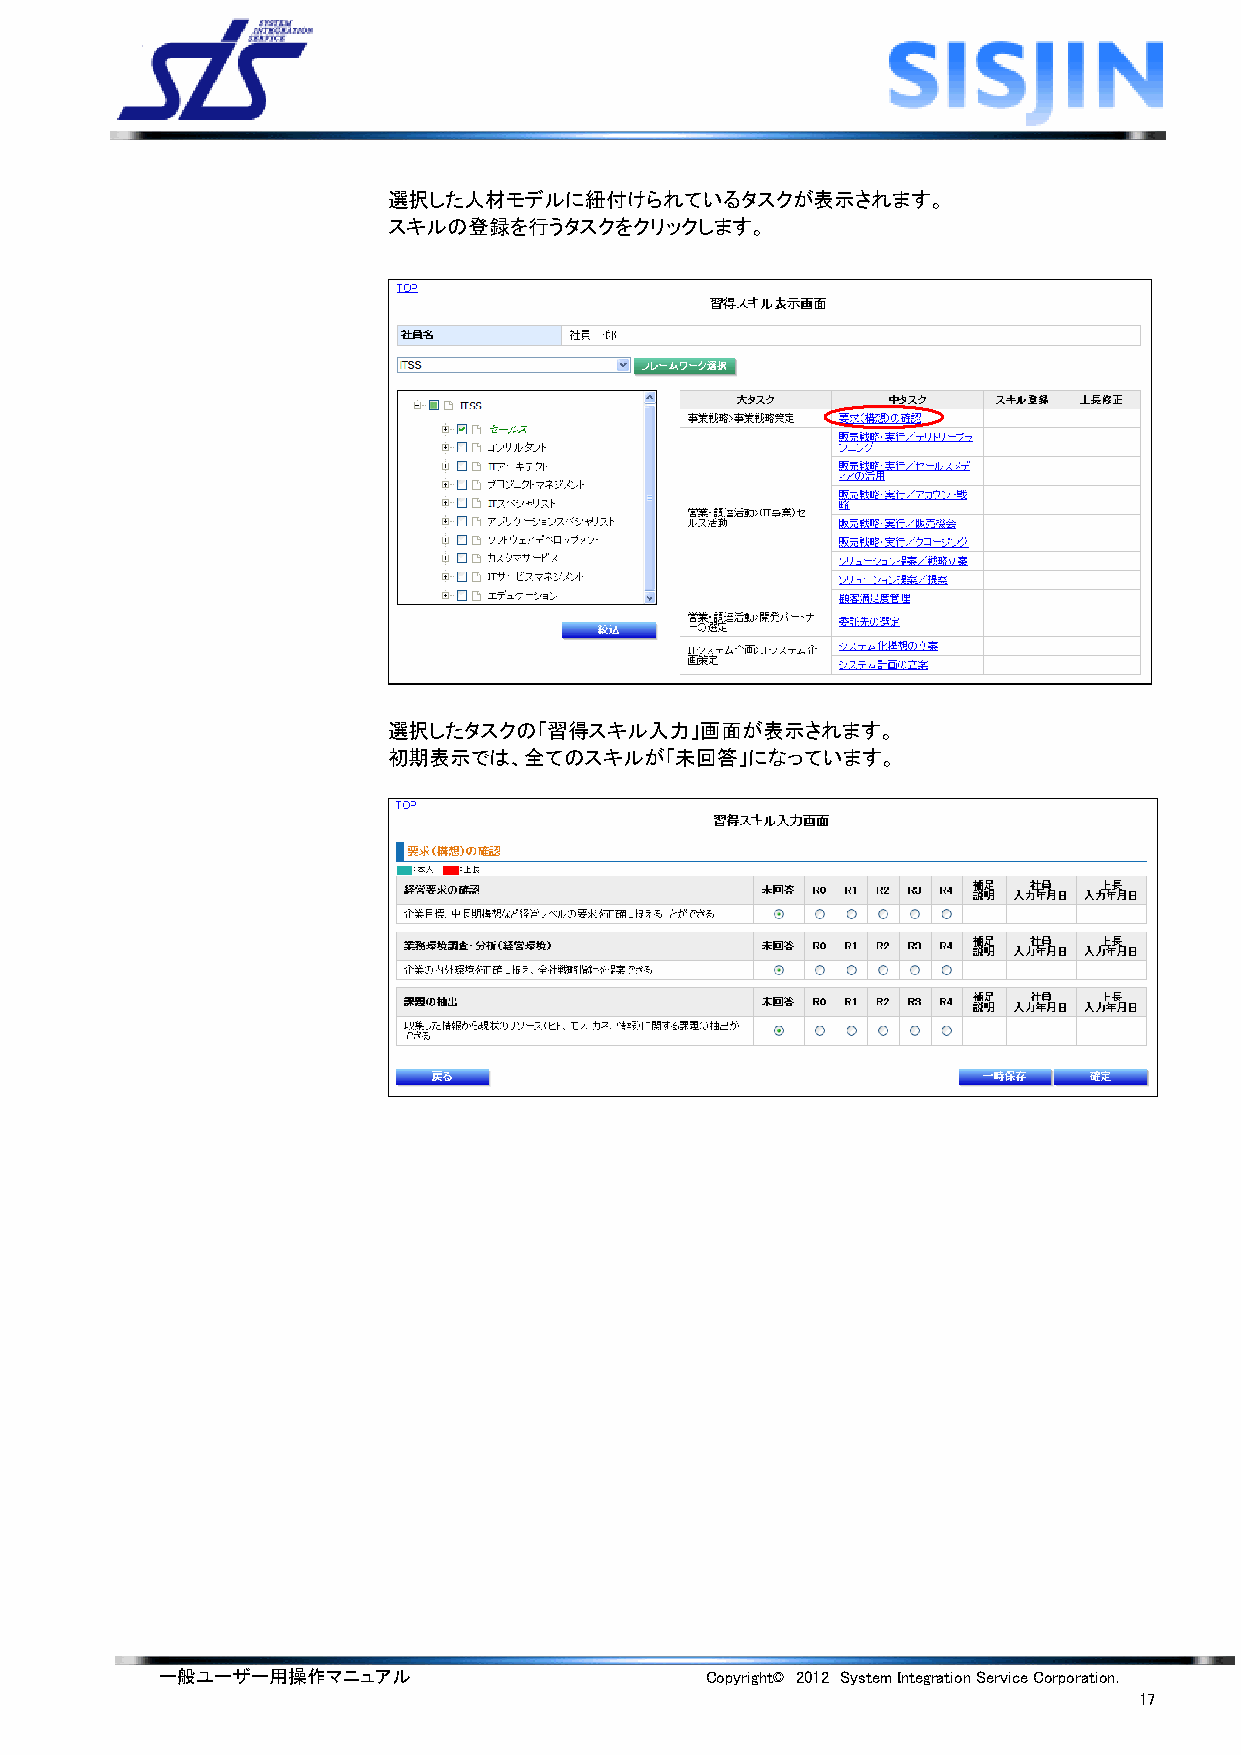
選択した人材モデルに紐付けられているタスクが表示されます。
 スキルの登録を行うタスクをクリックします。
 選択したタスクの「習得スキル入力」画面が表示されます。
 初期表示では、全てのスキルが「未回答」になっています。
 一般ユーザー用操作マニュアル                      Copyright© 2012 System Integration Service Corporation.
 17